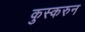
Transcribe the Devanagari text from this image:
कुस्करुन